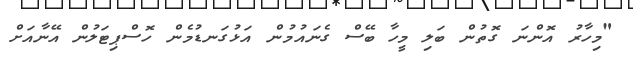
"މިހާރު އޮންނަ ގޮތުން ބަލި މީހާ ބޭސް ގެނައުމުން އަޅުގަނޑުމެން ހޮސްޕިޓަލުން އޭނާއަށް